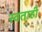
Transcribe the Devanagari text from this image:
स्वताही